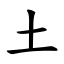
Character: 土